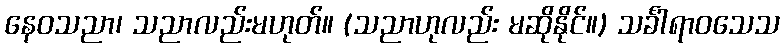
နေဝသညာ၊ သညာလည်းမဟုတ်။ (သညာဟုလည်း မဆိုနိုင်။) သင်္ခါရာဝသေသ